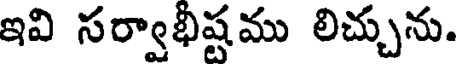
ఇవి సర్వాభీష్టము లిచ్చును.